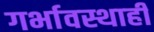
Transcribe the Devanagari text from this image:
गर्भावस्थाही